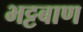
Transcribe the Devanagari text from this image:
भट्टबाण